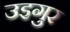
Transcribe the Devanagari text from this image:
उइगुर